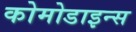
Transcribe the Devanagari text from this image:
कोमोडाइन्स